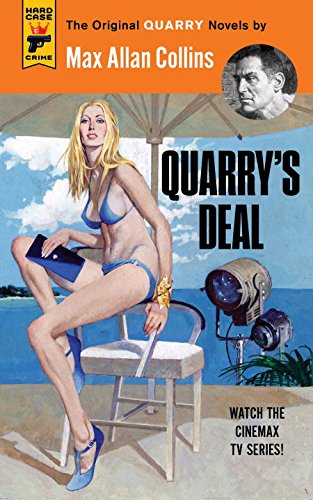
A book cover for Quarry's Deal; Max Allan Collins; Mystery, Thriller & Suspense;